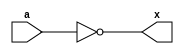
module notg(input a,output x);
  assign x=~a;
endmodule
module notg_tb;
  reg a;
  wire x;
  notg notg_tb(.a(a),.x(x));
  initial begin
    $dumpfile("dump.vcd");
    $dumpvars;
    a=0;
    #20;
    a=1;
    #20
    $finish;
  end
  always@(x)
    $display("At time t=%0t: a=%b,x=%b",$time,a,x);
endmodule